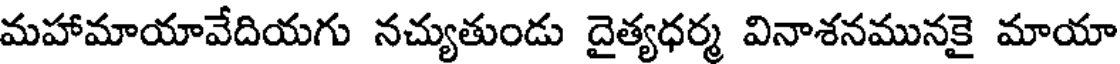
మహామాయావేదియగు నచ్యుతుండు దైత్యధర్మ వినాశనమునకై మాయా